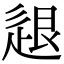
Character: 𨒼